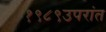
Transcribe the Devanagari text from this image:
१९८९उपरांत